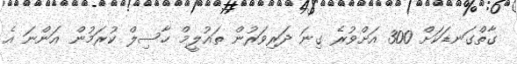
ގާތްގަނޑަކަށް 300 އަށްވުރެ ގިނަ ދަރިވަރުން ތައުލީމް ހާސިލް ކުރަމުން އަންނަ އެ